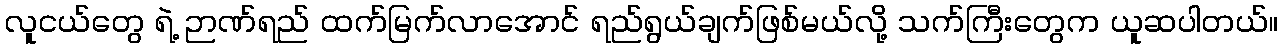
လူငယ်တွေ ရဲ့ ဉာဏ်ရည် ထက်မြက်လာအောင် ရည်ရွယ်ချက်ဖြစ်မယ်လို့ သက်ကြီးတွေက ယူဆပါတယ်။